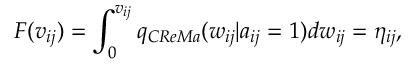
F ( v _ { i j } ) = \int _ { 0 } ^ { v _ { i j } } q _ { C R e M a } ( w _ { i j } | a _ { i j } = 1 ) d w _ { i j } = \eta _ { i j } ,